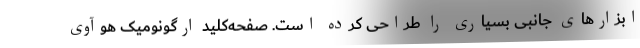
ابزارهای جانبی بسیاری را طراحی کرده است. صفحه‌کلید ارگونومیک هوآوی